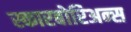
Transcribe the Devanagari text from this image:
स्कारबोरिअन्स